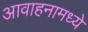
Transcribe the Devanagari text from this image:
आवाहनामध्ये